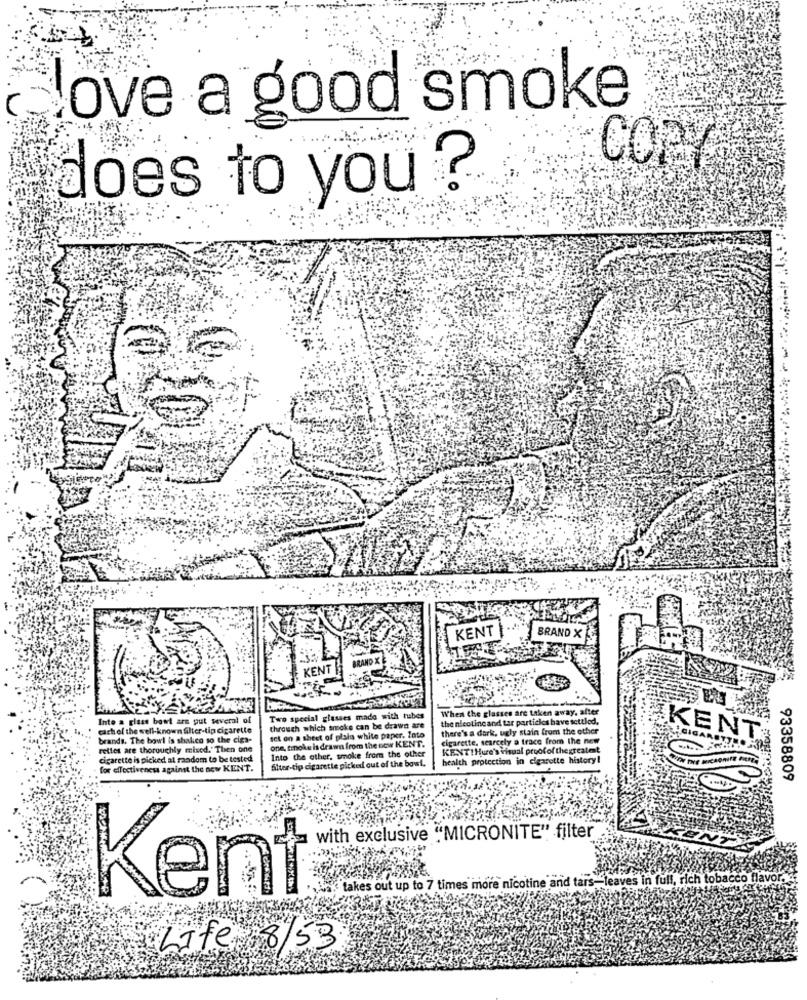
love a good smoke
COPY
does to you ?
KENT
BRAND X
BRAND X
KENT
When the glasses are taken away, after
Into a glass bowl are put several of
Two special glasses made with tubes
the nleoline and tar particles have settled,
cichel the well-known filter-tip cigarette
through which smoke can be drawn are
there's a dark, ugly stain from the other
brands. The bowl is shalico so the cigs-
set on a sheet of plain white paper. lato
one, smoke is drawn from the new KENT.
cigarette, scarcely a trace from the new
KENT
rettes are thoroughly mixed." Then one
Into the other, smoke from the other
KENT!Hure's visual proofof thegreatest
cigarette is picked at random to be tested
filter-tip cigarette picked out of the bowl.
health protection in cigarette history!
for effectiveness against the new KENT.
93358809
with exclusive ""MICRONITE" filter
takes out up to 7 times more nicotine and tars- leaves in full, rich tobacco flavor.
Kent
Life 8/53